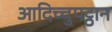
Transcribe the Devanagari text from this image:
आदिच्चुपट्ठान